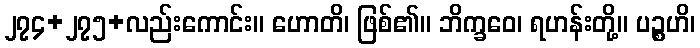
၂၇၄+၂၇၅+လည်းကောင်း။ ဟောတိ၊ ဖြစ်၏။ ဘိက္ခဝေ၊ ရဟန်းတို့။ ပဉ္စဟိ၊